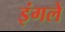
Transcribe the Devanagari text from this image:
इंगले